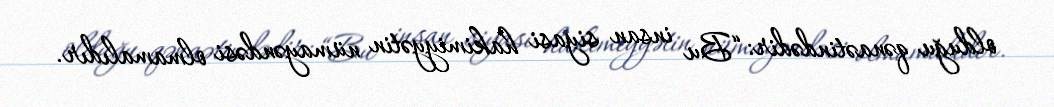
olduğu qənaətindədir: “Bu insan siyasi hakimiyyətin nümayəndəsi olmamalıdır.